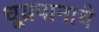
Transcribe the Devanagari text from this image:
धूम्रपानाचे